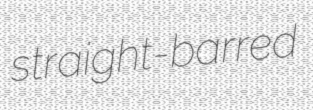
straight-barred